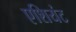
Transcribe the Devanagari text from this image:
एशियंट